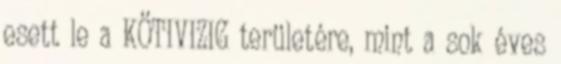
esett le a KÖTIVIZIG területére, mint a sok éves